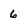
Character: 6